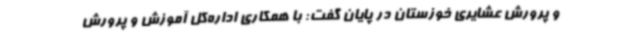
و پرورش عشایری خوزستان در پایان گفت: با همکاری اداره‌کل آموزش و پرورش